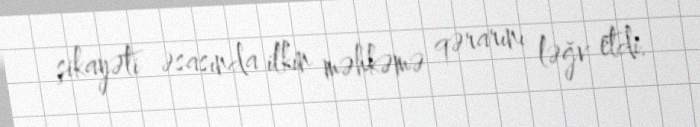
şikayəti əsasında ilkin məhkəmə qərarını ləğv etdi.